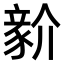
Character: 𧱘